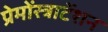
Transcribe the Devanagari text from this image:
प्रेमोंस्त्राटेंशन